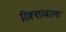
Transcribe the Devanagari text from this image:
रिक्शावाला